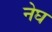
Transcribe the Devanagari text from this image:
नेघ